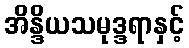
အိန္ဒိယသမုဒ္ဒရာနှင့်